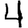
Digit: 4